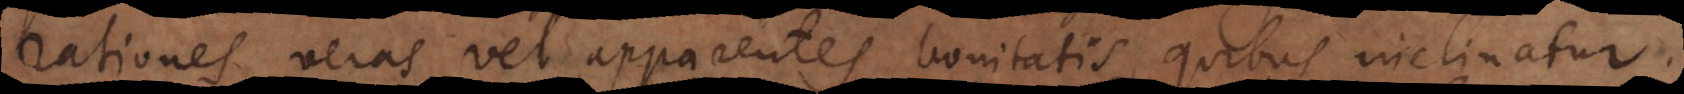
rationes veras vel apparentes bonitatis, quibus inclinatur.